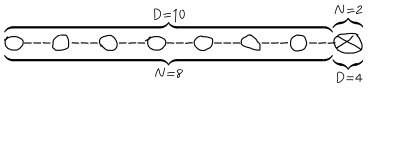
LaTeX: \underbrace { \overbrace { \bigcirc \! \! - \! \! \! - \! \! \! - \! \! \bigcirc \! \! - \! \! \! - \! \! \! - \! \! \bigcirc \! \! - \! \! \! - \! \! \! - \! \! \bigcirc \! \! - \! \! \! - \! \! \! - \! \! \bigcirc \! \! - \! \! \! - \! \! \! - \! \! \bigcirc \! \! - \! \! \! - \! \! \! - \! \! \bigcirc \! \! - \! \! \! - \! \! \! - \! \! } ^ { D = 1 0 } } _ { N = 8 } \underbrace { \overbrace { \bigotimes } ^ { N = 2 } } _ { D = 4 }